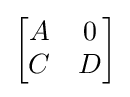
{\begin{bmatrix}A&0\\C&D\end{bmatrix}}